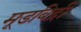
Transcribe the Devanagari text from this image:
मूडबिद्री